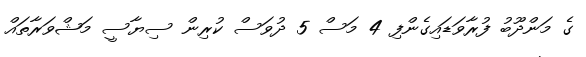
ގެ މަންދޫބު ފުރާވަޑައިގެންފި 4 މަސް 5 ދުވަސް ކުރިން ސިޔާސީ މަޝްވަރާތައް